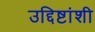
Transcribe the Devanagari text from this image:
उद्दिष्टांशी